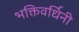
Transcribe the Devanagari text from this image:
भक्तिवर्धिनी